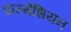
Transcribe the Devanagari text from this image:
डाल्मेशियन